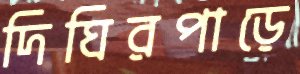
দিঘিরপাড়ে